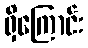
ရှိကြောင်း